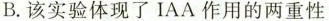
B.该实验体现了IAA作用的两重性